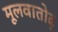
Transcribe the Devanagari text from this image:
मूलवातोढ़